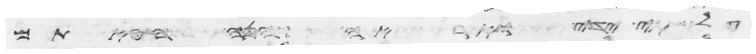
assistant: שתי ידי ואראה והנה חטאתם